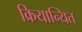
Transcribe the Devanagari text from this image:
क्रियान्यित